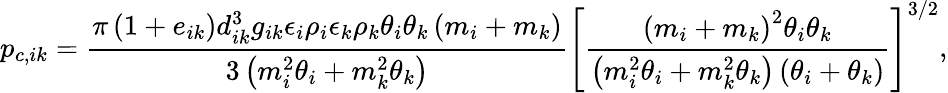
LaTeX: p_{c,ik}=\frac{\pi\left(1+e_{ik}\right)d_{ik}^{3}g_{ik}\epsilon_{i}\rho_{i}\epsilon_{k}\rho_{k}\theta_{i}\theta_{k}\left(m_{i}+m_{k}\right)}{3\left(m_{i}^{2}\theta_{i}+m_{k}^{2}\theta_{k}\right)}\left[\frac{\left(m_{i}+m_{k}\right)^{2}\theta_{i}\theta_{k}}{\left(m_{i}^{2}\theta_{i}+m_{k}^{2}\theta_{k}\right)\left(\theta_{i}+\theta_{k}\right)}\right]^{3/2},